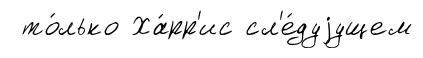
то́лько Ха́рр'ис сл'е́дуjущем